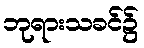
ဘုရားသခင်၌